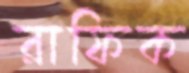
রাফিক